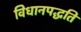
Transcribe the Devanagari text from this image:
विधानपद्धति